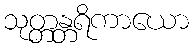
သုတ္တန္တရိကာယော